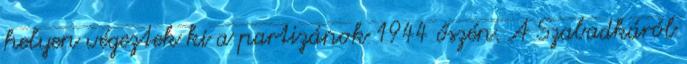
helyen végeztek ki a partizánok 1944 őszén. A Szabadkáról